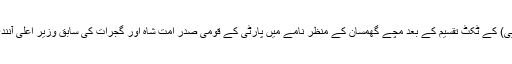
گجرات اسمبلی انتخابات کے لئے بھارتیہ جنتا پارٹی (بی جے پی) کے ٹکٹ تقسیم کے بعد مچے گھمسان ​​کے منظر نامے میں پارٹی کے قومی صدر امت شاہ اور گجرات کی سابق وزیر اعلی آنندی بین پٹیل کے درمیان اندرونی اختلافات سامنے آنے لگے ہیں۔